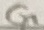
Text: G